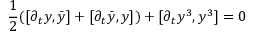
{ \frac { 1 } { 2 } } ( [ \partial _ { t } y , \bar { y } ] + [ \partial _ { t } \bar { y } , y ] ) + [ \partial _ { t } y ^ { 3 } , y ^ { 3 } ] = 0